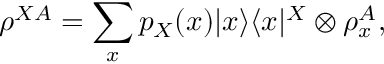
\rho ^ { X A } = \sum _ { x } p _ { X } ( x ) \vert x \rangle \langle x \vert ^ { X } \otimes \rho _ { x } ^ { A } ,